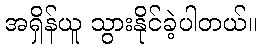
အရှိန်ယူ သွားနိုင်ခဲ့ပါတယ်။